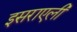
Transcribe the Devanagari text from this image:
इसराएली